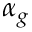
\alpha _ { g }